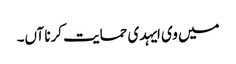
میں وی ایہدی حمایت کرنا آں۔